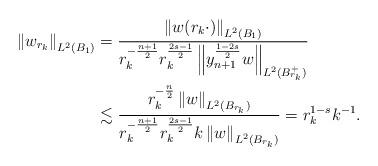
LaTeX: \begin{align*}\left\| w_{r_k}\right\|_{L^2(B_1)} &= \frac{\left\| w(r_k \cdot) \right\|_{L^2(B_1)}}{r^{- \frac{n+1}{2}}_k r^{\frac{2s-1}{2}}_k\left\| y_{n+1}^{\frac{1-2s}{2}} w \right\|_{L^2(B_{r_k}^+)} }\\& \lesssim \frac{r^{- \frac{n}{2}}_k \left\| w \right\|_{L^2(B_{r_k})} }{r^{- \frac{n+1}{2}}_k r^{\frac{2s-1}{2}}_k k \left\| w \right\|_{L^2(B_{r_k})}} = r_k^{1-s}k^{-1}.\end{align*}